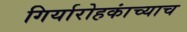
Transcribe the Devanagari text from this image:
गिर्यारोहकांच्याच